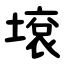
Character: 㙥